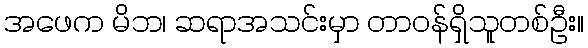
အဖေက မိဘ၊ ဆရာအသင်းမှာ တာဝန်ရှိသူတစ်ဦး။